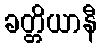
ခတ္တိယာနီ